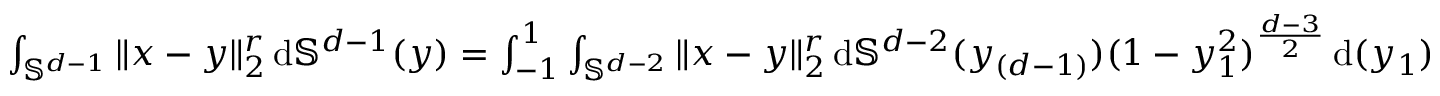
\begin{array} { r } { \int _ { \mathbb S ^ { d - 1 } } \| x - y \| _ { 2 } ^ { r } \, \mathrm { d } \mathbb S ^ { d - 1 } ( y ) = \int _ { - 1 } ^ { 1 } \int _ { \mathbb S ^ { d - 2 } } \| x - y \| _ { 2 } ^ { r } \, \mathrm { d } \mathbb S ^ { d - 2 } ( y _ { ( d - 1 ) } ) ( 1 - y _ { 1 } ^ { 2 } ) ^ { \frac { d - 3 } { 2 } } \, \mathrm { d } ( y _ { 1 } ) } \end{array}